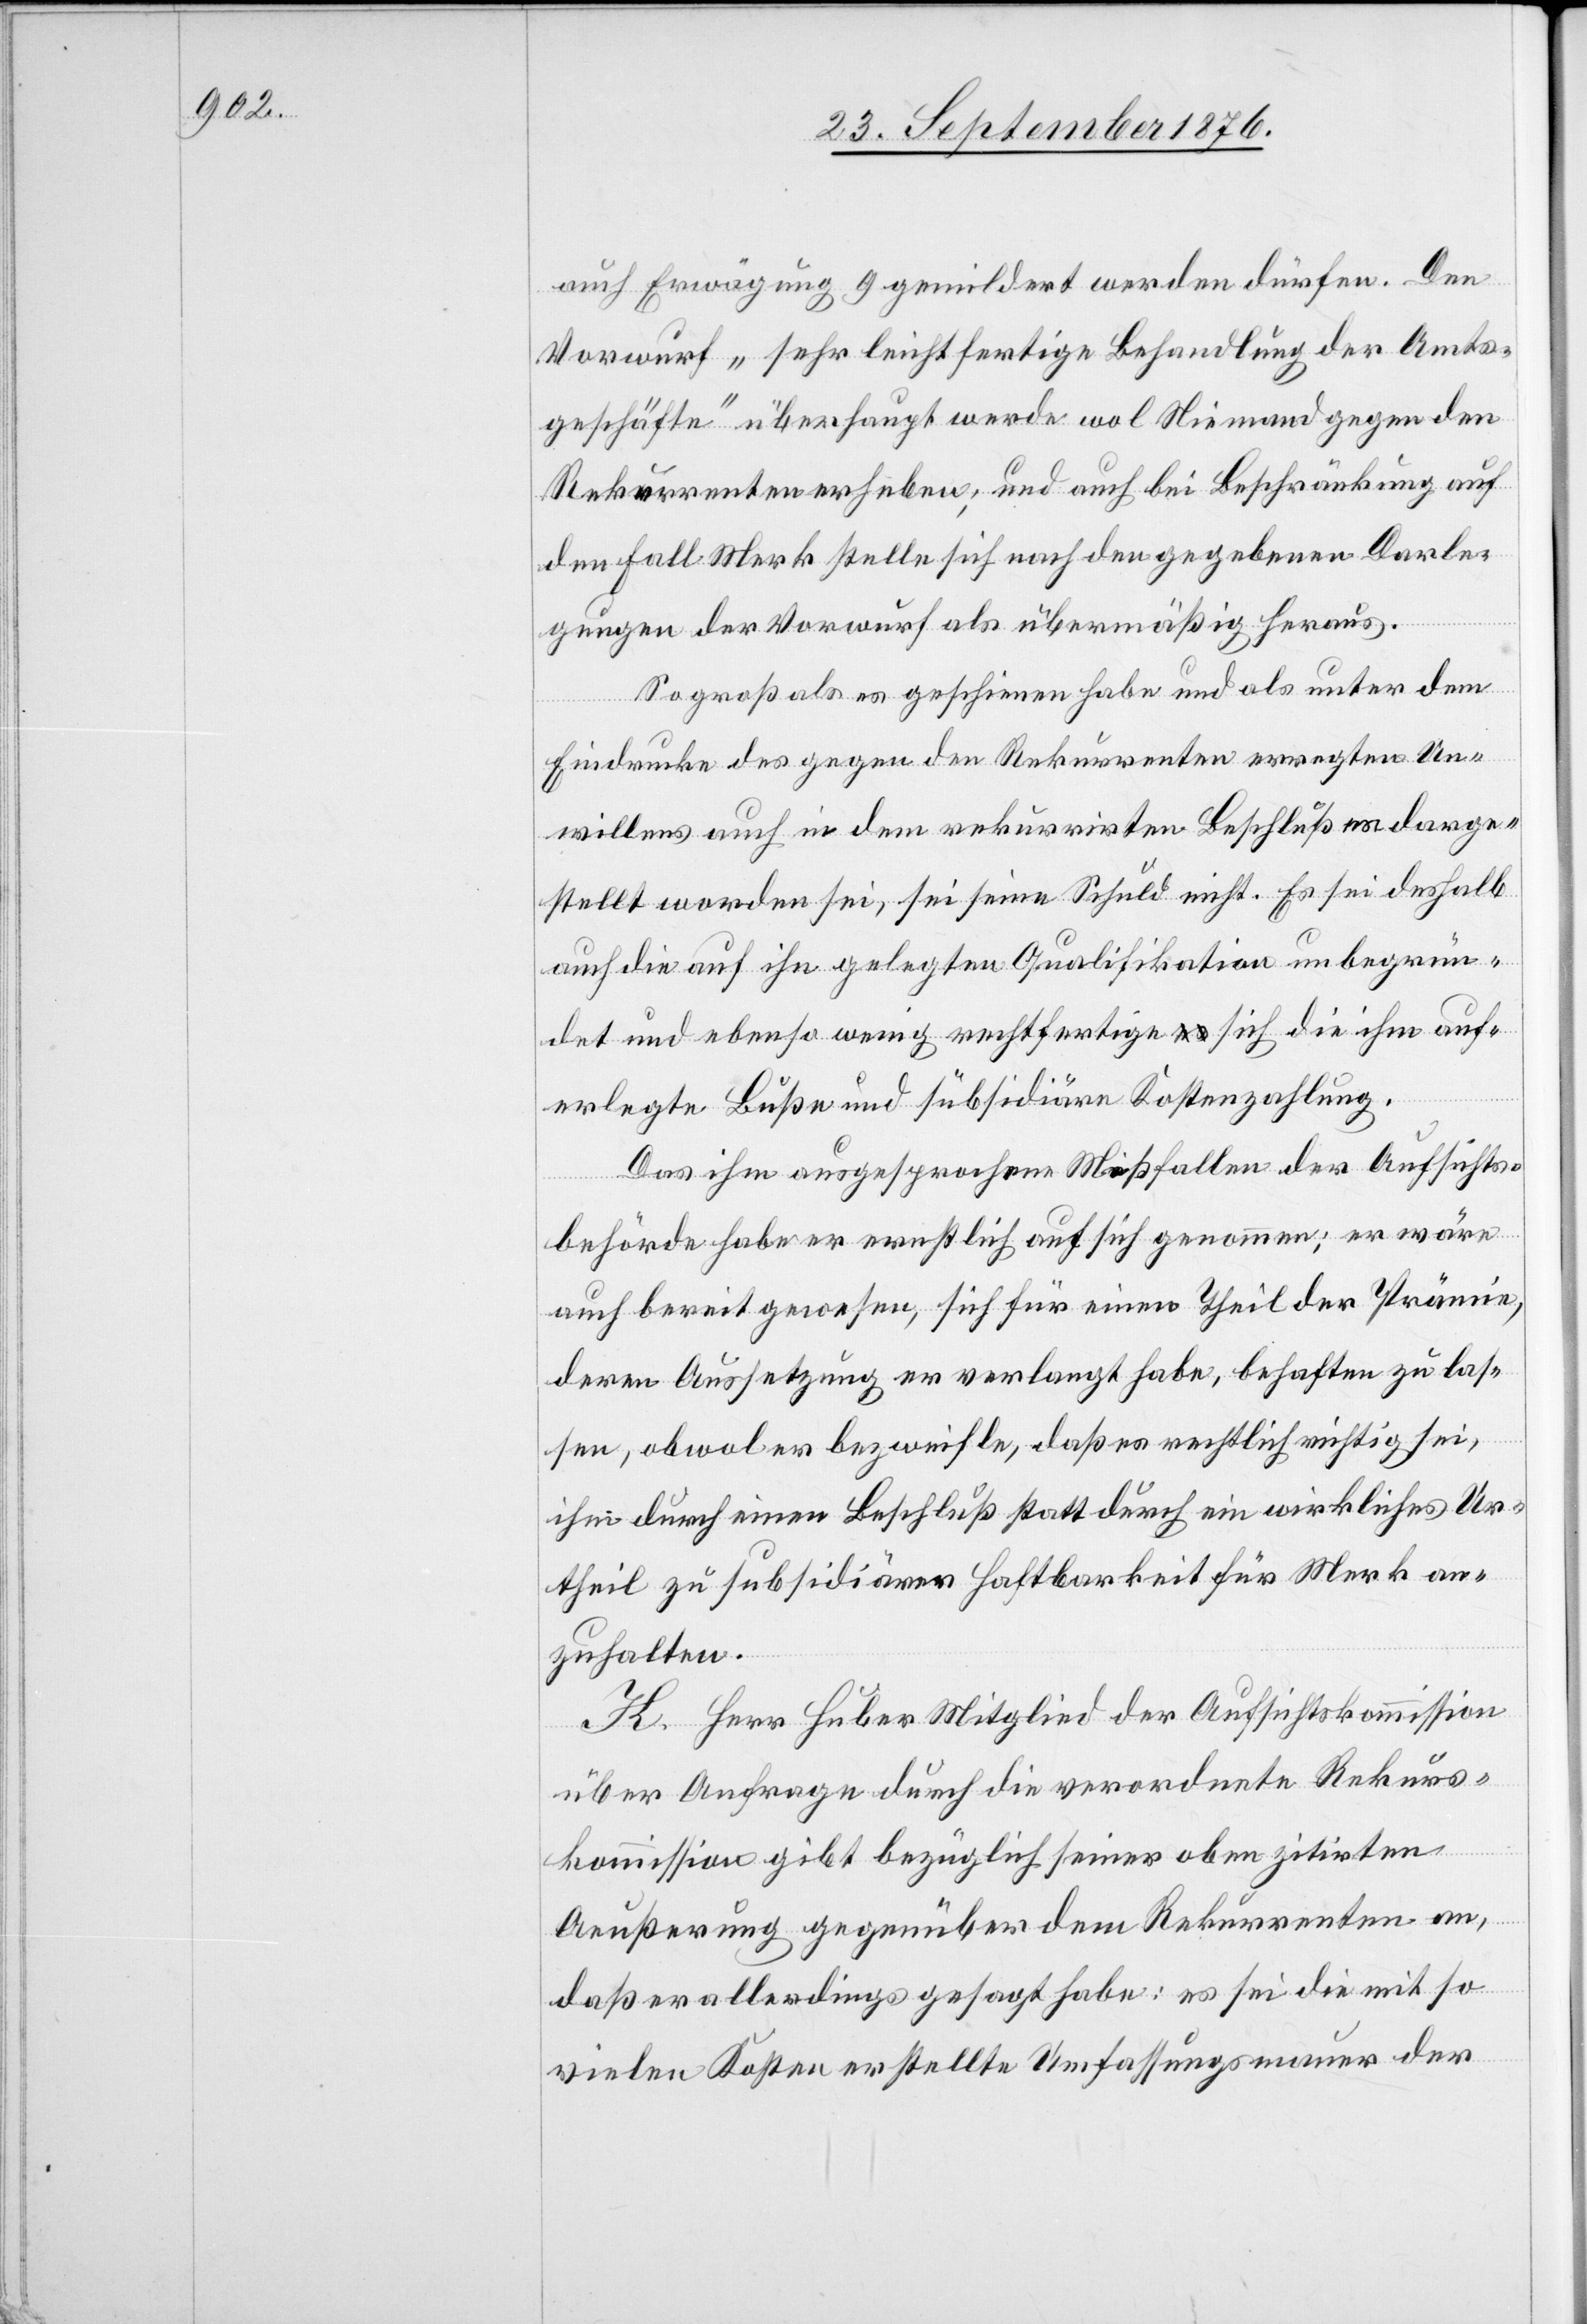
auch Erwägung 9 gemildert werden dürfen. Den
Vorwurf „sehr leichtfertige Behandlung der Amts¬
geschäfte“ überhaupt werde wol Niemand gegen den
Rekurrenten erheben, und auch bei Beschränkung auf
den Fall Merk stelle sich nach den gegebenen Darle¬
gungen der Vorwurf als übermäßig heraus.
So groß als es geschienen habe und als unter dem
Eindrucke des gegen den Rekurrenten erregten Un¬
willens auch in dem rekurrirten Beschluß es darge¬
stellt worden sei, sei seine Schuld nicht. Es sei deshalb
auch die auf ihn gelegten Qualifikation unbegrün¬
det und ebenso wenig rechtfertige sich die ihm auf¬
erlegte Buße und subsidiäre Kostenzahlung.
Das ihm ausgesprochene Mißfallen der Aufsichts¬
behörde habe er ernstlich auf sich genommen; er wäre
auch bereit gewesen, sich für einen Theil der Prämie,
deren Aussetzung er verlangt habe, behaften zu las¬
sen, obwol er bezweifle, daß es rechtlich richtig sei,
ihm durch einen Beschluß statt durch ein wirkliches Ur¬
theil zu subsidiärer Haftbarkeit für Merk an¬
zuhalten.
H. Herr Huber Mitglied der Aufsichtskommission
Aeußerung gegenüber dem Rekurrenten an,
daß er allerdings gesagt habe: es sei die mit so
vielen Kosten erstellte Umfassungsmauer der